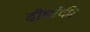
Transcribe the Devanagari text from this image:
दीर्घांकी